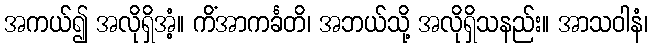
အကယ်၍ အလိုရှိအံ့။ ကိံအာကင်္ခတိ၊ အဘယ်သို့ အလိုရှိသနည်း။ အာသဝါနံ၊